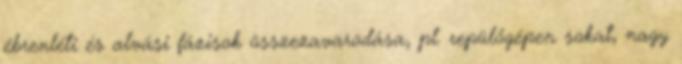
ébrenléti és alvási fázisok összezavarodása, pl. repülőgépen sokat, nagy